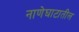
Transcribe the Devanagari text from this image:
नाणेघाटातील